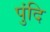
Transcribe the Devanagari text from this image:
पुंदि